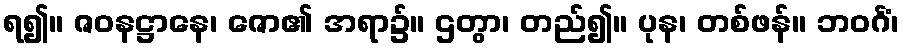
ရ၍။ ဇဝနဋ္ဌာနေ၊ ဇော၏ အရာ၌။ ဌတွာ၊ တည်၍။ ပုန၊ တစ်ဖန်။ ဘဝင်္ဂံ၊